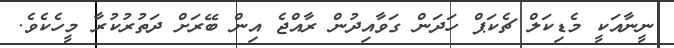
ނީނާއަކީ މެޑިކަލް ޗެކަޕް ހަދަން ގަވާއިދުން ރާއްޖެ އިން ބޭރަށް ދަތުރުކުރާ މީހެކެވެ.